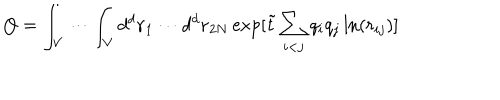
LaTeX: Q = \int _ { V } \cdots \int _ { V } d ^ { d } { \bf r } _ { 1 } \cdots d ^ { d } { \bf r } _ { 2 N } \exp [ { \tilde { t } } \sum _ { i < j } q _ { i } q _ { j } \ln ( r _ { i j } ) ]